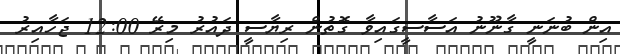
އިން ބުނަނީ ގާނޫނު އަސާސީގައިވާ ގޮތުން ރިޔާސީ ދައުރު މިރޭ 12:00 ޖަހާއިރު